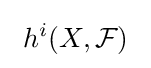
\ h^{i}(X,{\mathcal {F}})\